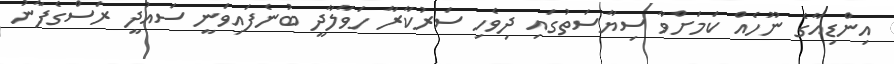
އިންޑިއާގެ ނޫހެއް ކަމަށްވާ ސިޔާސަތުގައި ދިވެހި ސަރުކާރާ ހަވާލާދީ ބުނެފައިވަނީ ސައުދީ ރަސްގެފާނު